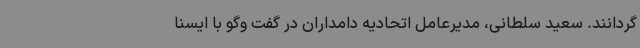
گردانند. سعید سلطانی، مدیرعامل اتحادیه دامداران در گفت وگو با ایسنا